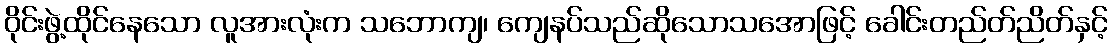
ဝိုင်းဖွဲ့ထိုင်နေသော လူအားလုံးက သဘောကျ၊ ကျေနပ်သည်ဆိုသောသအောဖြင့် ခေါင်းတည်တ်ညိတ်နှင့်